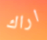
اراك